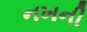
નખની